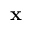
\bf { x }